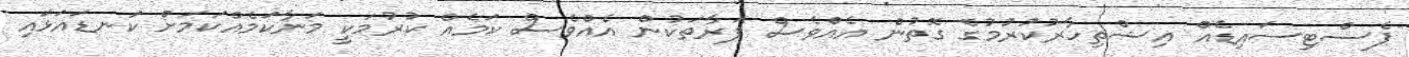
ޕެސްޓިސައިޑެއް އިޝްތިހާރުކުރުމުގެ ގޮތުން އެއްވެސް ފަރާތަކުން އެއްވެސް ކަމެއް ކުރުމަކީ މަނާކަމެއްކަމަށް ކަނޑައަޅައި